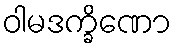
ဝါမဒက္ခိဏော